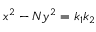
\ x ^ { 2 } - N y ^ { 2 } = k _ { 1 } k _ { 2 }